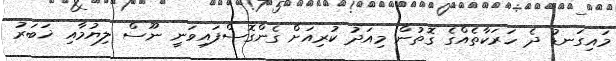
މައިގަނޑު ދެ ހަރަކާތެއްގެ ގޮތުން މިއަދު ކުރިއަށް ގެންގޮސްފައިވަނީ ނޫސް ލިޔުމާއި ޚަބަރު